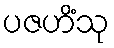
ပဇဟိံသု